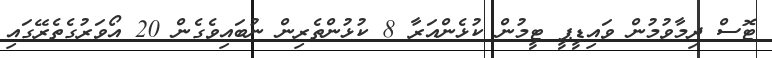
ޓޮސް ދިމާވުމުން ވައިޑީޕީ ޓީމުން ކުޅެންއަރާ 8 ކުޅުންތެރިން ނުބައިވެގެން 20 އޯވަރުގެތެރޭގައި